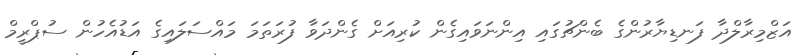
އަޒްމިރާލްދާ ފަނޑިޔާރުންގެ ބެންޗުގައި އިންނަވައިގެން ކުރިއަށް ގެންދަވާ ފުރަތަމަ މައްސަލައިގެ އަޑުއެހުން ސުޕްރީމް